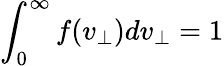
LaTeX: \int_{0}^{\infty}f(v_{\perp})dv_{\perp}=1